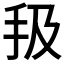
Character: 𢪳